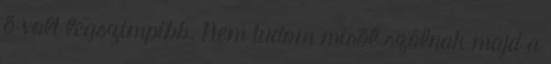
ő volt legszimpibb. Nem tudom miről szólnak majd a